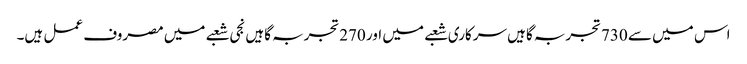
اس میں سے 730تجربہ گاہیں سرکاری شعبے میں اور 270تجربہ گاہیں نجی شعبے میں مصروف عمل ہیں۔